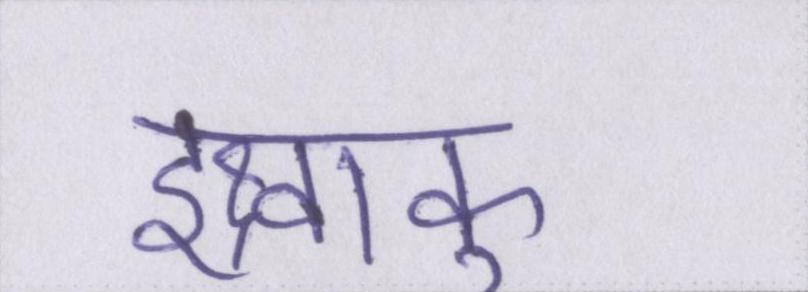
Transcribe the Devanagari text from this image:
इक्ष्वाकु